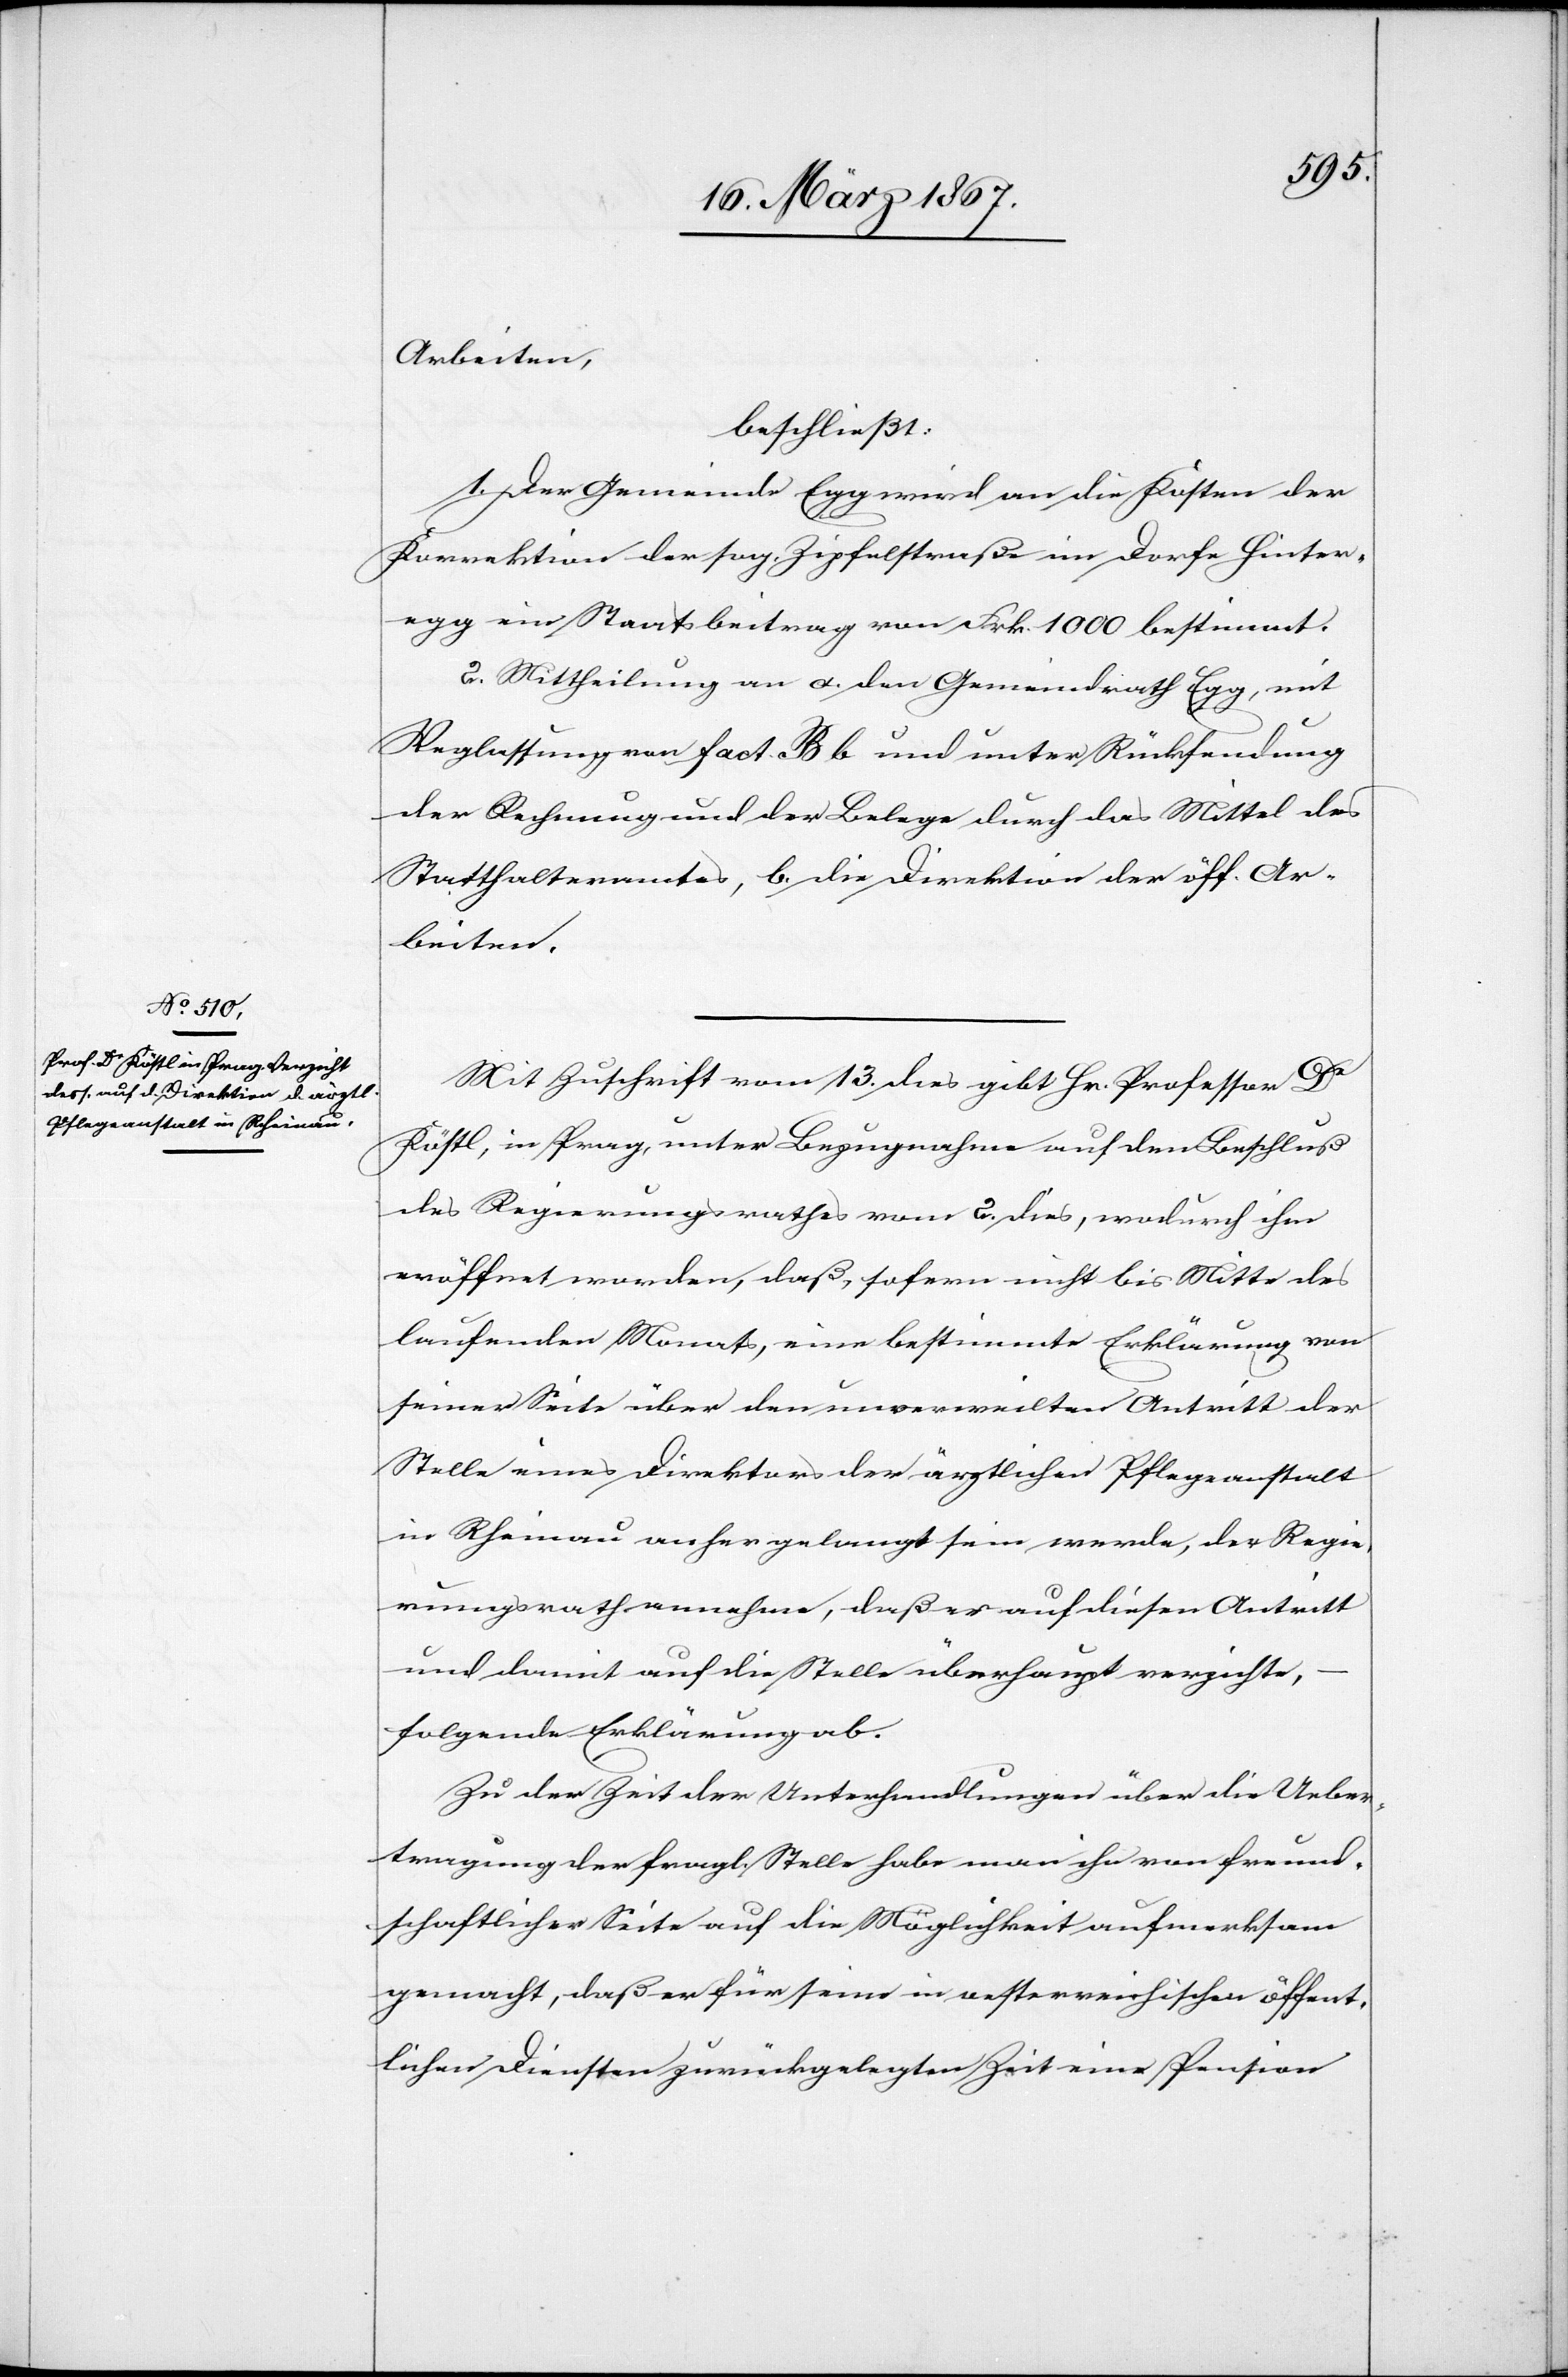
Arbeiten,
beschließt:
1. Der Gemeinde Egg wird an die Kosten der
Korrektion der sog. Zipfelstraße im Dorfe Hinter¬
egg ein Staatsbeitrag von Frk. 1000 bestimmt.
2. Mittheilung an a. den Gemeindrath Egg, mit
Weglassung von fact. B b und unter Rücksendung
der Rechnung und der Belege durch das Mittel des
Statthalteramtes, b. die Direktion der öff. Ar¬
beiten.
Mit Zuschrift vom 13. dies gibt Hr. Professor Dr
Köstl, in Prag, unter Bezugnahme auf den Beschluß
des Regierungsrathes vom 2. dies, wodurch ihm
eröffnet worden, daß, sofern nicht bis Mitte des
laufenden Monats, eine bestimmte Erklärung von
seiner Seite über den unverweilten Antritt der
Stelle eines Direktors der ärztlichen Pflegeanstalt
in Rheinau anhergelangt sein werde, der Regie¬
rungsrath annehme, daß er auf diesen Antritt
und damit auf die Stelle überhaupt verzichte,
folgende Erklärung ab.
Zu der Zeit der Unterhandlungen über die Ueber¬
tragung der fragl. Stelle habe man ihn von freund¬
schaftlicher Seite auf die Möglichkeit aufmerksam
gemacht, daß er für seine in oesterreichischen öffent¬
lichen Diensten zurückgelegten Zeit eine Pension